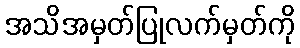
အသိအမှတ်ပြုလက်မှတ်ကို